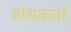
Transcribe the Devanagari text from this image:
बोधकर्ता